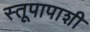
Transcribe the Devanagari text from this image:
स्तूपापाशी